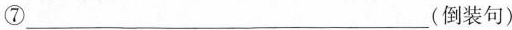
⑦___(倒装句)